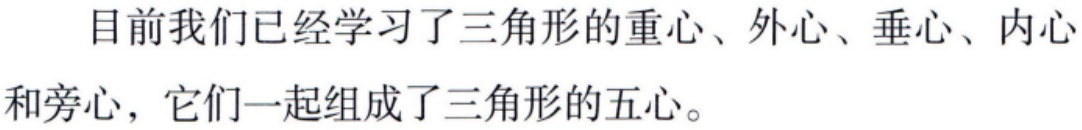
目前我们已经学习了三角形的重心、外心、垂心、内心和旁心，它们一起组成了三角形的五心。